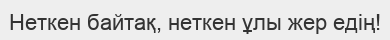
Неткен байтақ, неткен ұлы жер едің!